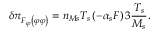
\delta \pi _ { F _ { \varphi } \left( \varphi \varphi \right) } = n _ { M s } T _ { s } \left( - \alpha _ { s } F \right) 3 \frac { T _ { s } } { M _ { s } } .